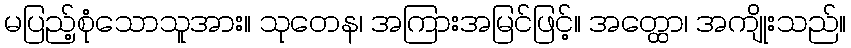
မပြည့်စုံသောသူအား။ သုတေန၊ အကြားအမြင်ဖြင့်။ အတ္ထော၊ အကျိုးသည်။